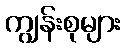
ကျွန်းစုများ